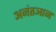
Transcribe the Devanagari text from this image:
अनंतञान